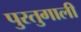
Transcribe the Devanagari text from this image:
पुरतुगाली